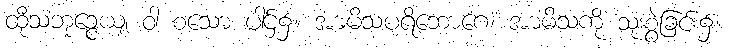
ထိုသံဘုဉ္ဇေယျ ဝါ စသော ပါဌ်၌။ အာမိသပရိဘောဂေ၊ အာမိသကို သုံးစွဲခြင်း၌။